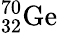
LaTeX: ^{70}_{32}\mathrm{Ge}